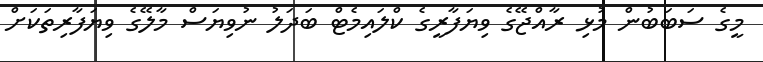
މީގެ ސަބަބުން މުޅި ރާއްޖޭގެ ވިޔަފާރީގެ ކްލައިމެޓް ބަދަލު ނުވިޔަސް މާލޭގެ ވިޔަފާރިތަކަށް